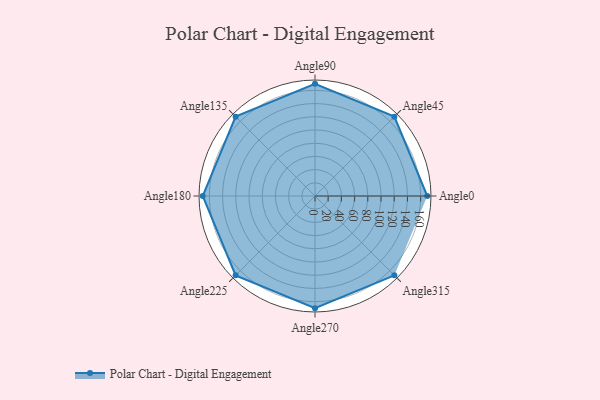
{"axis": {"x": "Angle", "y": "Radius"}, "legend": [""], "data": [{"x": "Angle0", "y": 170.0, "type": ""}, {"x": "Angle45", "y": 170, "type": ""}, {"x": "Angle90", "y": 170, "type": ""}, {"x": "Angle135", "y": 170, "type": ""}, {"x": "Angle180", "y": 170, "type": ""}, {"x": "Angle225", "y": 170, "type": ""}, {"x": "Angle270", "y": 170, "type": ""}, {"x": "Angle315", "y": 170, "type": ""}]}